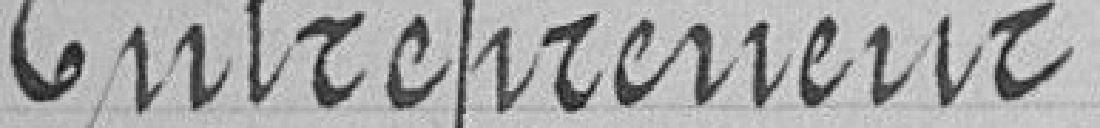
Entrepreneur